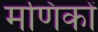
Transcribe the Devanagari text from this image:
मणिकों